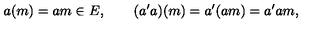
a ( m ) = a m \in E , \qquad ( a ^ { \prime } a ) ( m ) = a ^ { \prime } ( a m ) = a ^ { \prime } a m ,